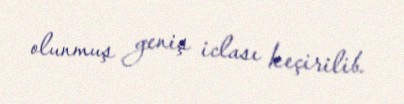
olunmuş geniş iclası keçirilib.